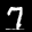
Label: 7